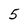
Character: 5